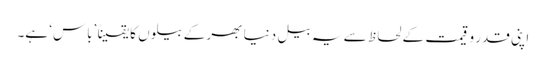
اپنی قدر و قیمت کے لحاظ سے یہ بیل دنیا بھر کے بیلوں کا یقیناً ’باس‘ ہے۔